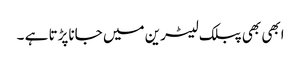
ابھی بھی پبلک لیٹرین میں جاناپڑتا ہے ۔